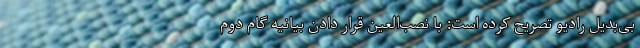
بی‌بدیل رادیو تصریح کرده است: با نصب‌العین قرار دادن بیانیه گام دوم